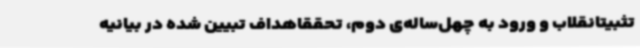
تثبیتانقلاب و ورود به چهل‌ساله‌ی دوم، تحققاهداف تبیین شده در بیانیه